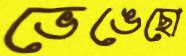
ভেঙেছো